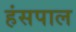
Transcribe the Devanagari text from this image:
हंसपाल